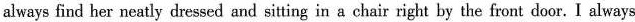
always find her neatly dressed and sitting in a chair right by the front door. I always